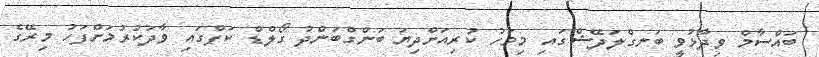
ބައްސާމް ވިދާޅުވީ ބަނގްލަދޭޝްގައި މިމަހު ކުރިއަށްދިޔަ ބަންގްބަންދު ގޯލްޑް ކަޕްގައި ވާދަކުރުމަށްފަހު މިރޭގެ